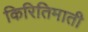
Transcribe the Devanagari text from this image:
किरितिमाती